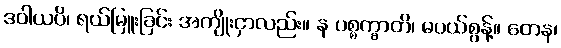
ဒဝါယပိ၊ ရယ်မြူးခြင်း အကျိုးငှာလည်း။ န ပစ္စက္ခာတိ၊ မပယ်စွန့်။ တေန၊